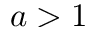
a > 1